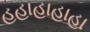
હહાહાહાહા